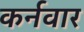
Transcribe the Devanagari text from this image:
कर्नवार